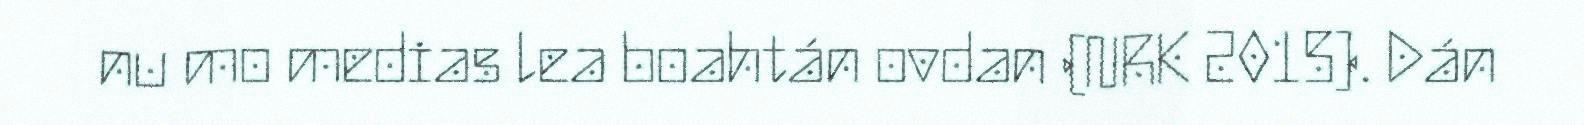
nu mo medias lea boahtán ovdan (NRK 2015). Dán